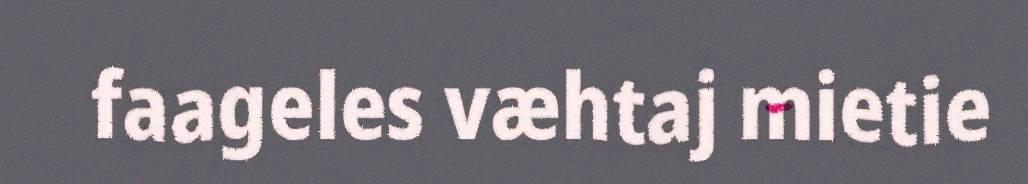
faageles væhtaj mietie